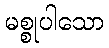
မစ္စုပါသော